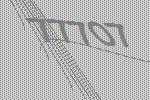
77707